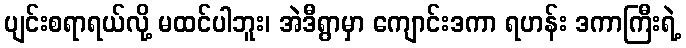
ပျင်းစရာရယ်လို့ မထင်ပါဘူး၊ အဲဒီရွာမှာ ကျောင်းဒကာ ရဟန်း ဒကာကြီးရဲ့